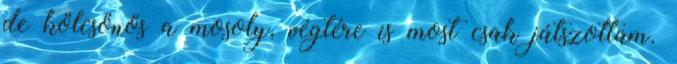
de kölcsönös a mosoly, végtére is most csak játszottam.